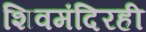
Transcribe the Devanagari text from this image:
शिवमंदिरही